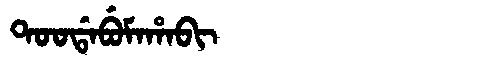
Manchu: ᡨᠣᠣᡩᠠᠪᡠᠮᠠᡥᠠᠪᡳ
Romanization: TOODABUMAHABI